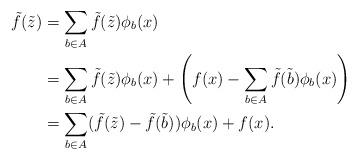
LaTeX: \begin{align*}\tilde{f}(\tilde{z}) & = \sum_{b \in A} \tilde{f}(\tilde{z})\phi_b(x) \\& = \sum_{b \in A}\tilde{f}(\tilde{z})\phi_b(x) + \left( f(x) - \sum_{b\in A} \tilde{f}(\tilde{b})\phi_b(x) \right)\\& = \sum_{b \in A} (\tilde{f}(\tilde{z}) - \tilde{f}(\tilde{b}))\phi_b(x) + f(x).\end{align*}